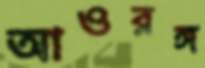
আওরঙ্গ